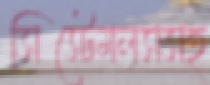
সিস্টেমলসসহ